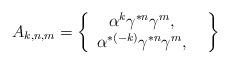
LaTeX: \begin{align*}A_{k,n,m}=\left\{\begin{array}{ccc} \alpha^{k}\gamma^{*n}\gamma^{m}, & \\\alpha^{*(-k)}\gamma^{*n}\gamma^{m}, & \end{array}\right\}\end{align*}